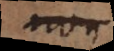
non